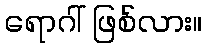
ရောဂါ် ဖြစ်လား။